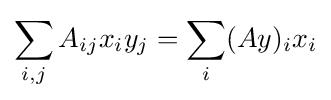
\sum _{i,j}A_{ij}x_{i}y_{j}=\sum _{i}(Ay)_{i}x_{i}